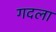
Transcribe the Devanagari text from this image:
गदला